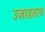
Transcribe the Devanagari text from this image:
उजाडताच